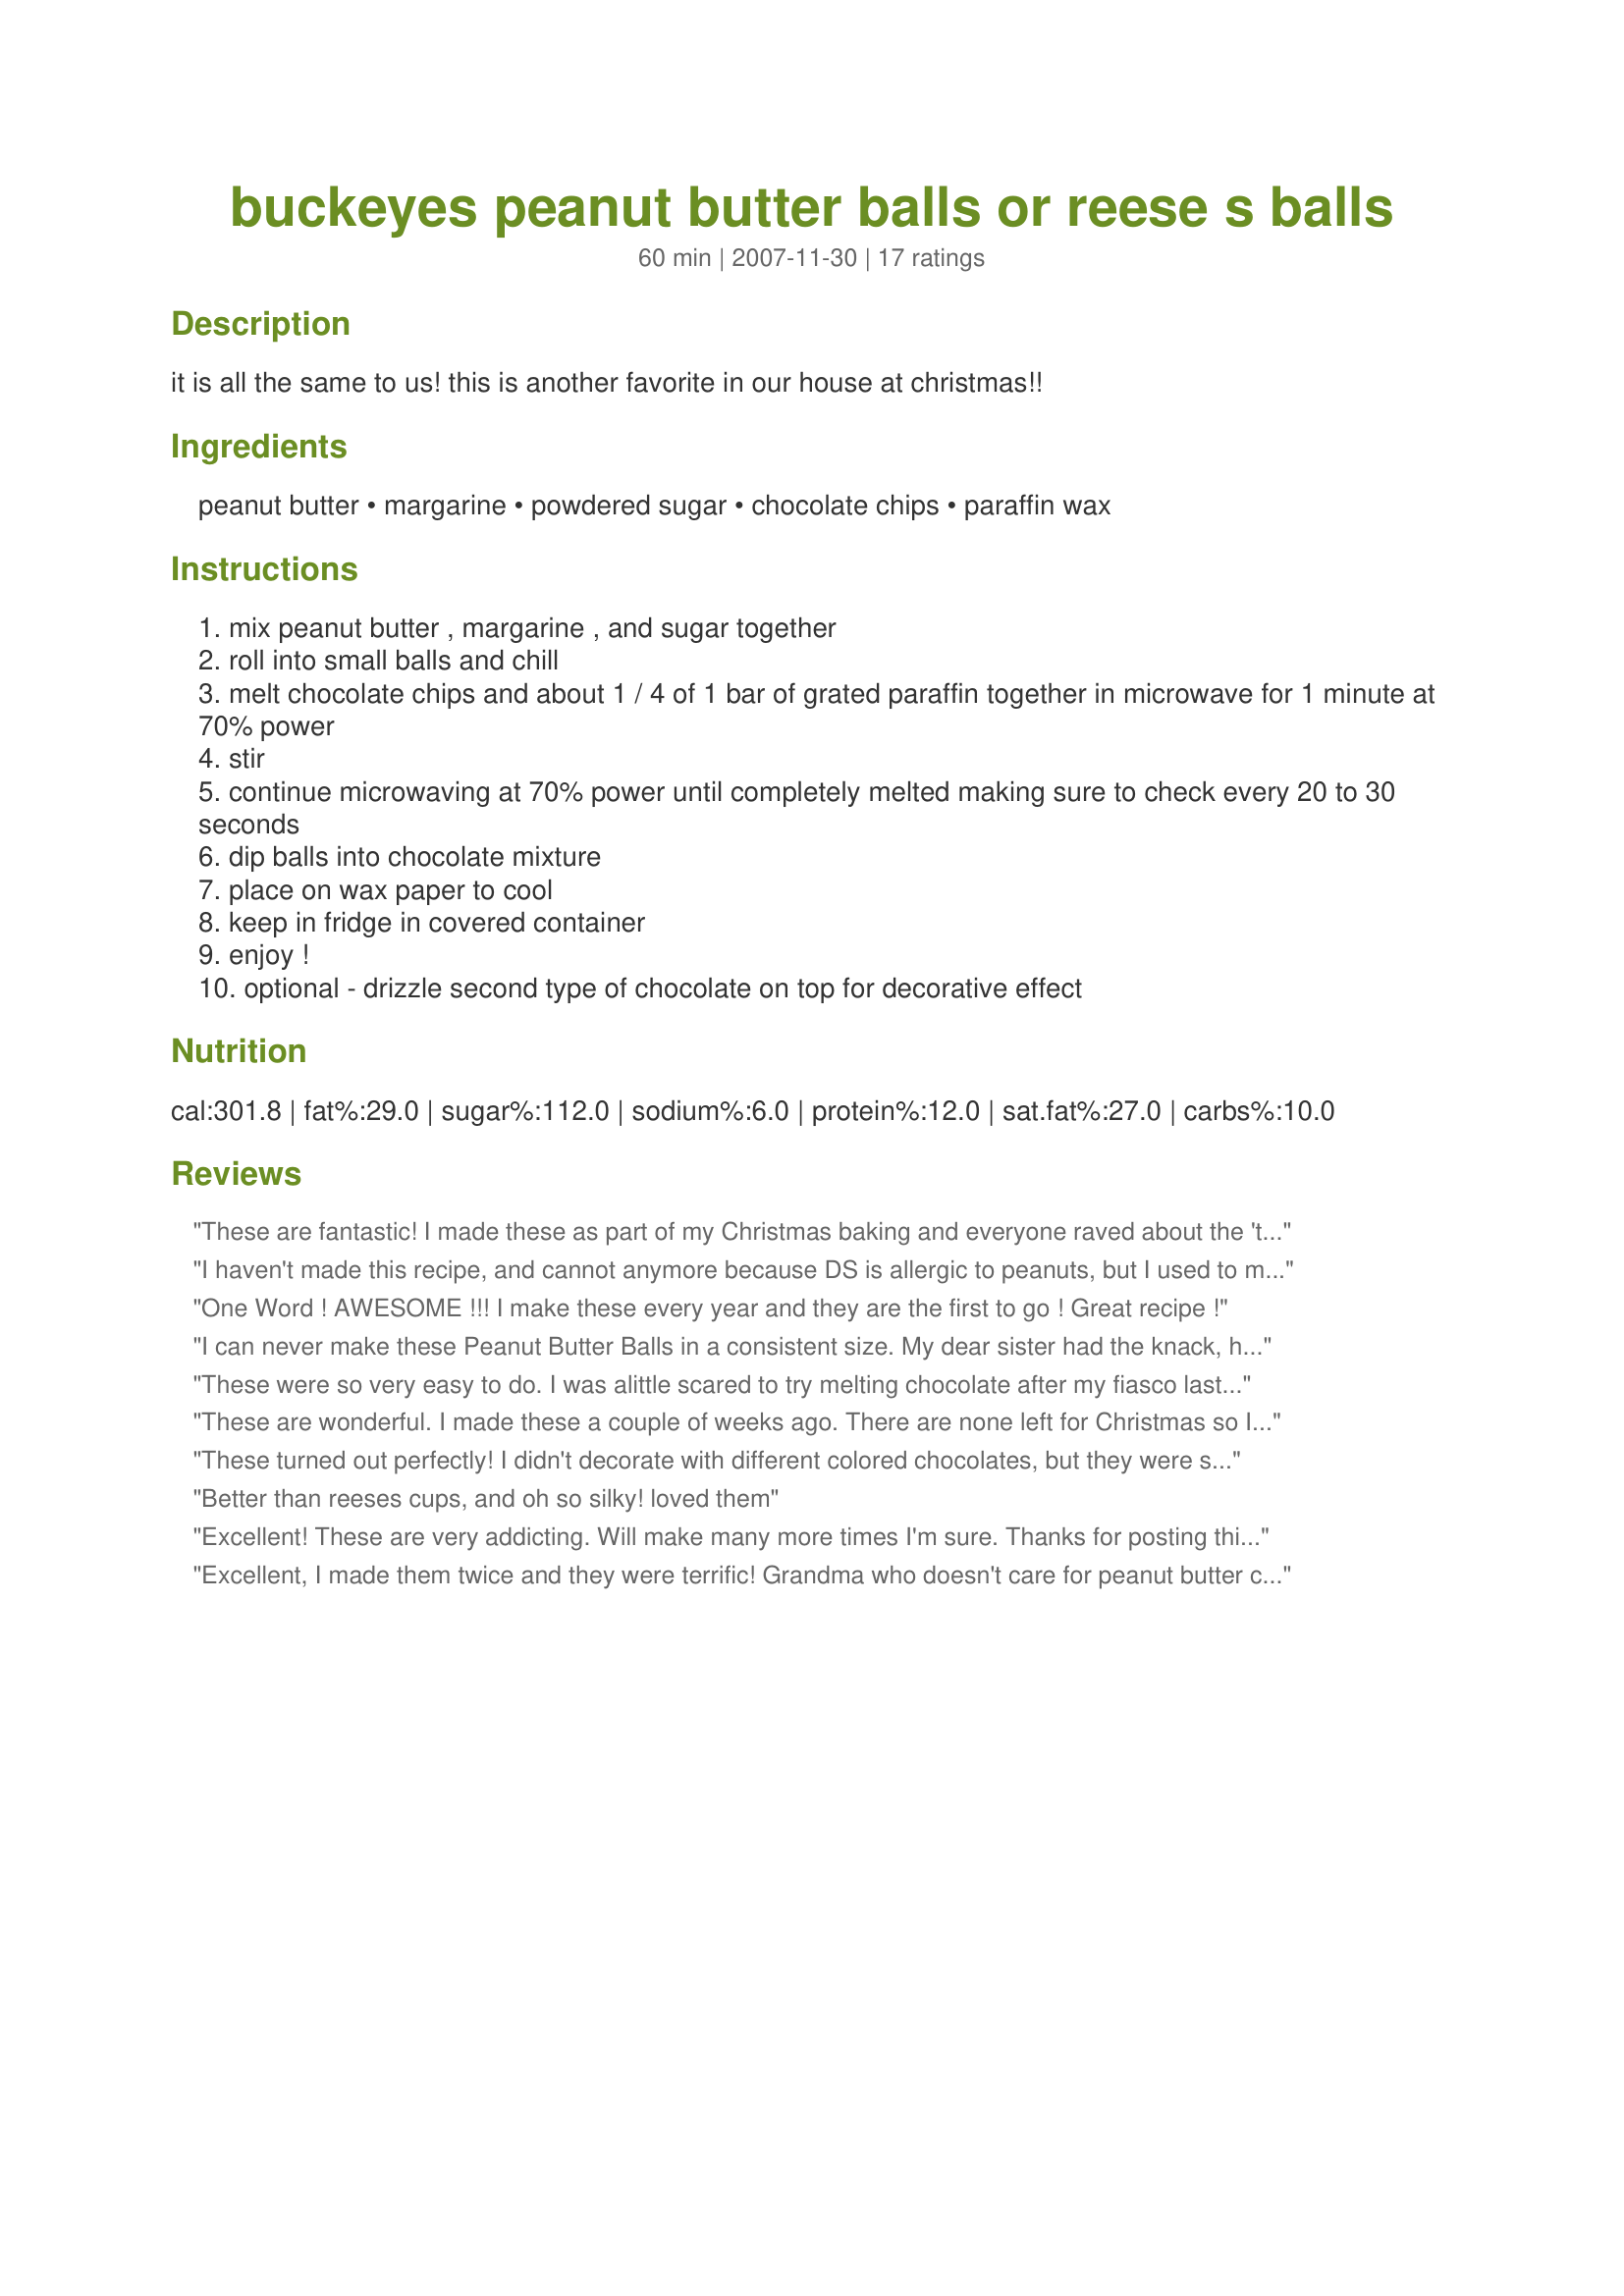
buckeyes peanut butter balls or reese s balls
Preparation time: 60 minutes

it is all the same to us! this is another favorite in our house at christmas!!

Ingredients:
peanut butter, margarine, powdered sugar, chocolate chips, paraffin wax

Steps:
mix peanut butter , margarine , and sugar together
roll into small balls and chill
melt chocolate chips and about 1 / 4 of 1 bar of grated paraffin together in microwave for 1 minute at 70% power
stir
continue microwaving at 70% power until completely melted making sure to check every 20 to 30 seconds
dip balls into chocolate mixture
place on wax paper to cool
keep in fridge in covered container
enjoy !
optional - drizzle second type of chocolate on top for decorative effect

Reviews:
These are fantastic! I made these as part of my Christmas baking and everyone raved about the 'things' with peanut butter in them that melted in their mouths. These will be on my bake list every year going forward!
I haven't made this recipe, and cannot anymore because DS is allergic to peanuts, but I used to make this exact recipe and it is amazing!!
One Word ! AWESOME !!! I make these every year and they are the first to go ! Great recipe !
I can never make these Peanut Butter Balls in a consistent size. My dear sister had the knack, hers were always perfect. I'm wondering if maybe I should roll the peanut butter, powdered sugar mix into smaller balls. Anyone? Regardless of the odd sizes, the final taste result is absolutely yummy. I did add a bit of vanilla and used 3 cups of powdered sugar. Thanks so much for posting!
These were so very easy to do. I was alittle scared to try melting chocolate after my fiasco last year with making chocolate covered pretzel sticks but these were a breeze!! They tasted great too. My kids decided we should top them with white chocolate chips since i said they were buck"eyes". I am putting them in little christmas baggies and letting my daughters give them to teachers. Thanks for the great recipe. Will be making them every christmas!!
These are wonderful. I made these a couple of weeks ago. There are none left for Christmas so I am making more of them tonight. I was a little shy on the creamy peanut butter and used a litlle crunchy to make up the difference. I think I liked the fact that there were some peanuts in them. These are always a winner
These turned out perfectly! I didn't decorate with different colored chocolates, but they were still delicious, although probably not as pretty. This will be a repeat treat at Christmas!
Better than reeses cups, and oh so silky! loved them
Excellent! These are very addicting. Will make many more times I'm sure. Thanks for posting this recipe.
Excellent, I made them twice and they were terrific! Grandma who doesn't care for peanut butter couldn't resist tasting them. She thought they were delicious!
I make these every year for our Christmas gathering and they are the most popular treat on the table! Thanks for posting, I will use this recipe again!!
This are wonderful. These are easy and delicious. All the attributes of a Reese's peanut butter cup but better. We followed the ingredients. We used milk and semisweet chocolate chips. We also used alternate colors to drizzle. Made for Wonders 2008
After looking at the picture of these, who could resist them? I know I couldn't! I made them over the weekend to add to my cookie trays. They look so pretty done like Lavender Lynn did them, and I did mine just like them. These are rich, delicious and will be a pretty addition to my Christmas trays. We love them!
These are delicious like I knew they would be. So easy and people just gobble them up. I am going to make more before Christmas is here! Thanks for sharing.
A Christmas favorite in our house but we add 3 cups of Rice Krispies to this recipe and it adds a light crunch!
Very rich and yummy! I halved the recipe and took this to a church potluck. It was gone in a flash! thanks!
Incredible recipe! The only downside is that they are addicting.
